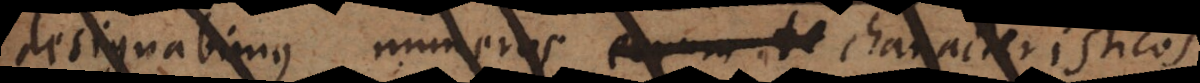
designabimus numeros eorum te characteristicos